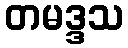
တမဒ္ဒသ